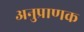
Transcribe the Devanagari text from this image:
अनुप्राणक